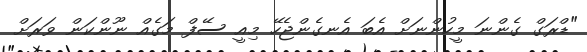
"ޑްރަގް ގެންނަ މީހުންނަށް އެބަ އެނގެންޖެހޭ މިއީ ސޭފް މަގެއް ނޫންކަން ވަރަށް